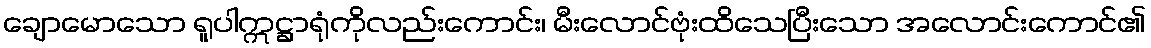
ချောမောသော ရူပါဣဋ္ဌာရုံကိုလည်းကောင်း၊ မီးလောင်ဗုံးထိသေပြီးသော အလောင်းကောင်၏